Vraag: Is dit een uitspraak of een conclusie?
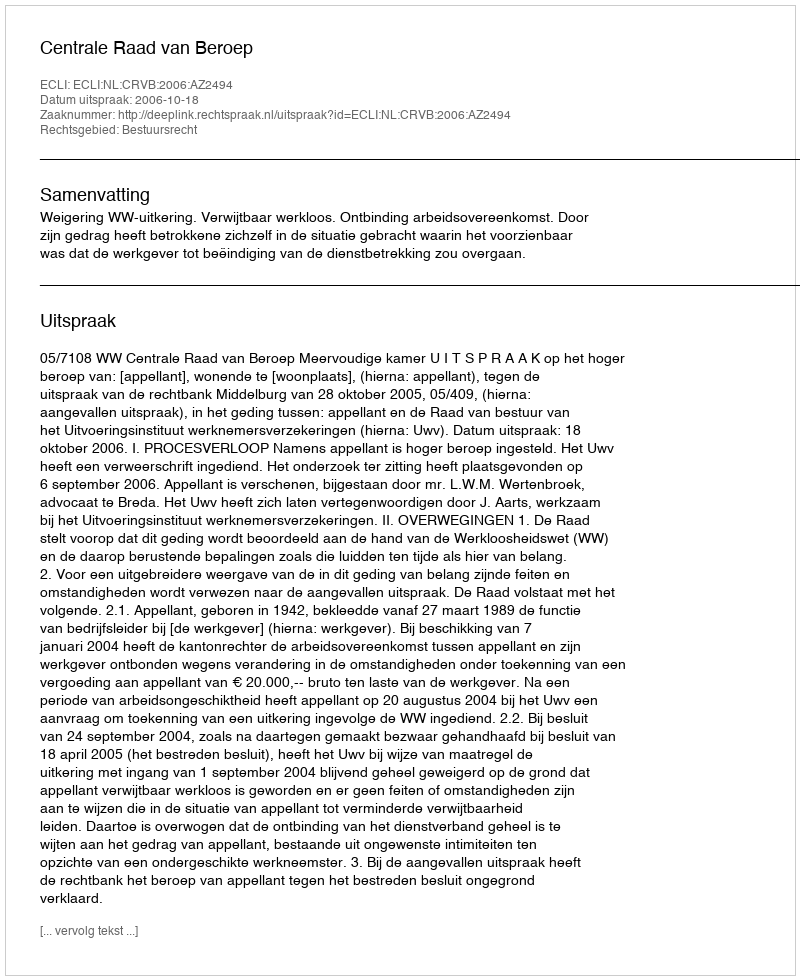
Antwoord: Uitspraak